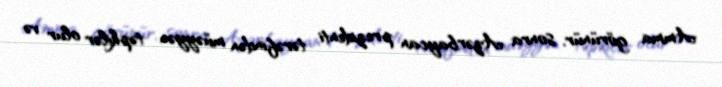
Amma görünür, sonra Azərbaycan prezidenti tərəfindən müəyyən təpkilər olur və